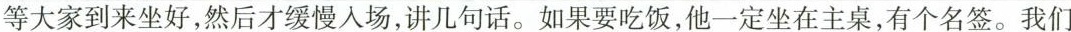
等大家到来坐好，然后才缓慢入场，讲几句话。如果要吃饭，他一定坐在主桌，有个名签。我们